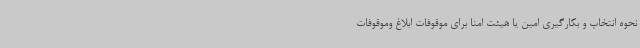
نحوه انتخاب و بکارگیری امین یا هیئت امنا برای موقوفات ابلاغ وموقوفات